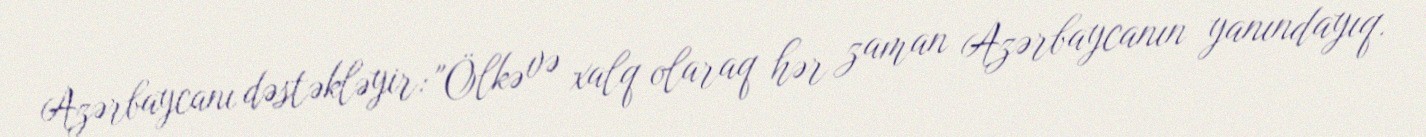
Azərbaycanı dəstəkləyir: "Ölkə və xalq olaraq hər zaman Azərbaycanın yanındayıq.